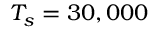
T _ { s } = 3 0 , 0 0 0